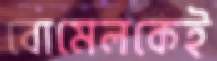
বোমেলকেই